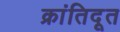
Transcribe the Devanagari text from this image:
क्रांतिदूत